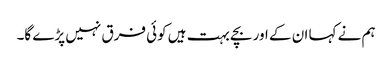
ہم نے کہا ان کے اور بچے بہت ہیں کوئی فرق نہیں پڑے گا۔